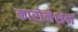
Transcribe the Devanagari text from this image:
कारोनेशन